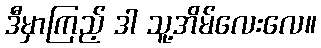
ဒီမှာကြည့် ဒါ သူ့အိမ်လေးလေ။